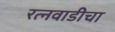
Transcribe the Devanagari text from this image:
रत्नवाडीचा